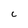
Character: c